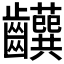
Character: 𬹹